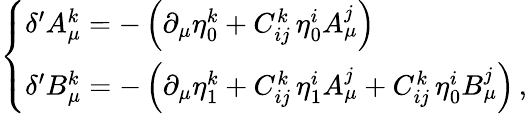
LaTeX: \left\{ \begin{array}{l}{{\delta^{\prime}A_{\mu}^{k}=-\left(\partial_{\mu}\eta_{0}^{k}+C_{ij}^{k}\, \eta_{0}^{i}A_{\mu}^{j}\right)}}\\ {{\delta^{\prime}B_{\mu}^{k}=-\left(\partial_{\mu}\eta_{1}^{k}+C_{ij}^{k}\, \eta_{1}^{i}A_{\mu}^{j}+C_{ij}^{k}\, \eta_{0}^{i}B_{\mu}^{j}\right)\, ,}}\end{array}\right.